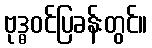
ဗုဒ္ဓဝင်ပြခန်းတွင်။